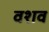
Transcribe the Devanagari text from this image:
वशव